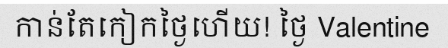
កាន់តែកៀកថ្ងៃហើយ! ថ្ងៃ Valentine